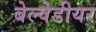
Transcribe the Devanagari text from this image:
बेल्वेडीयर